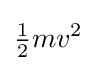
{\begin{matrix}{\frac {1}{2}}\end{matrix}}mv^{2}